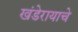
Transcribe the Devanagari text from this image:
खंडेरायाचे